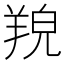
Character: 𦎔